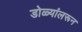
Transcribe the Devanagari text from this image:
डोळ्यांलरून